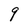
Character: q